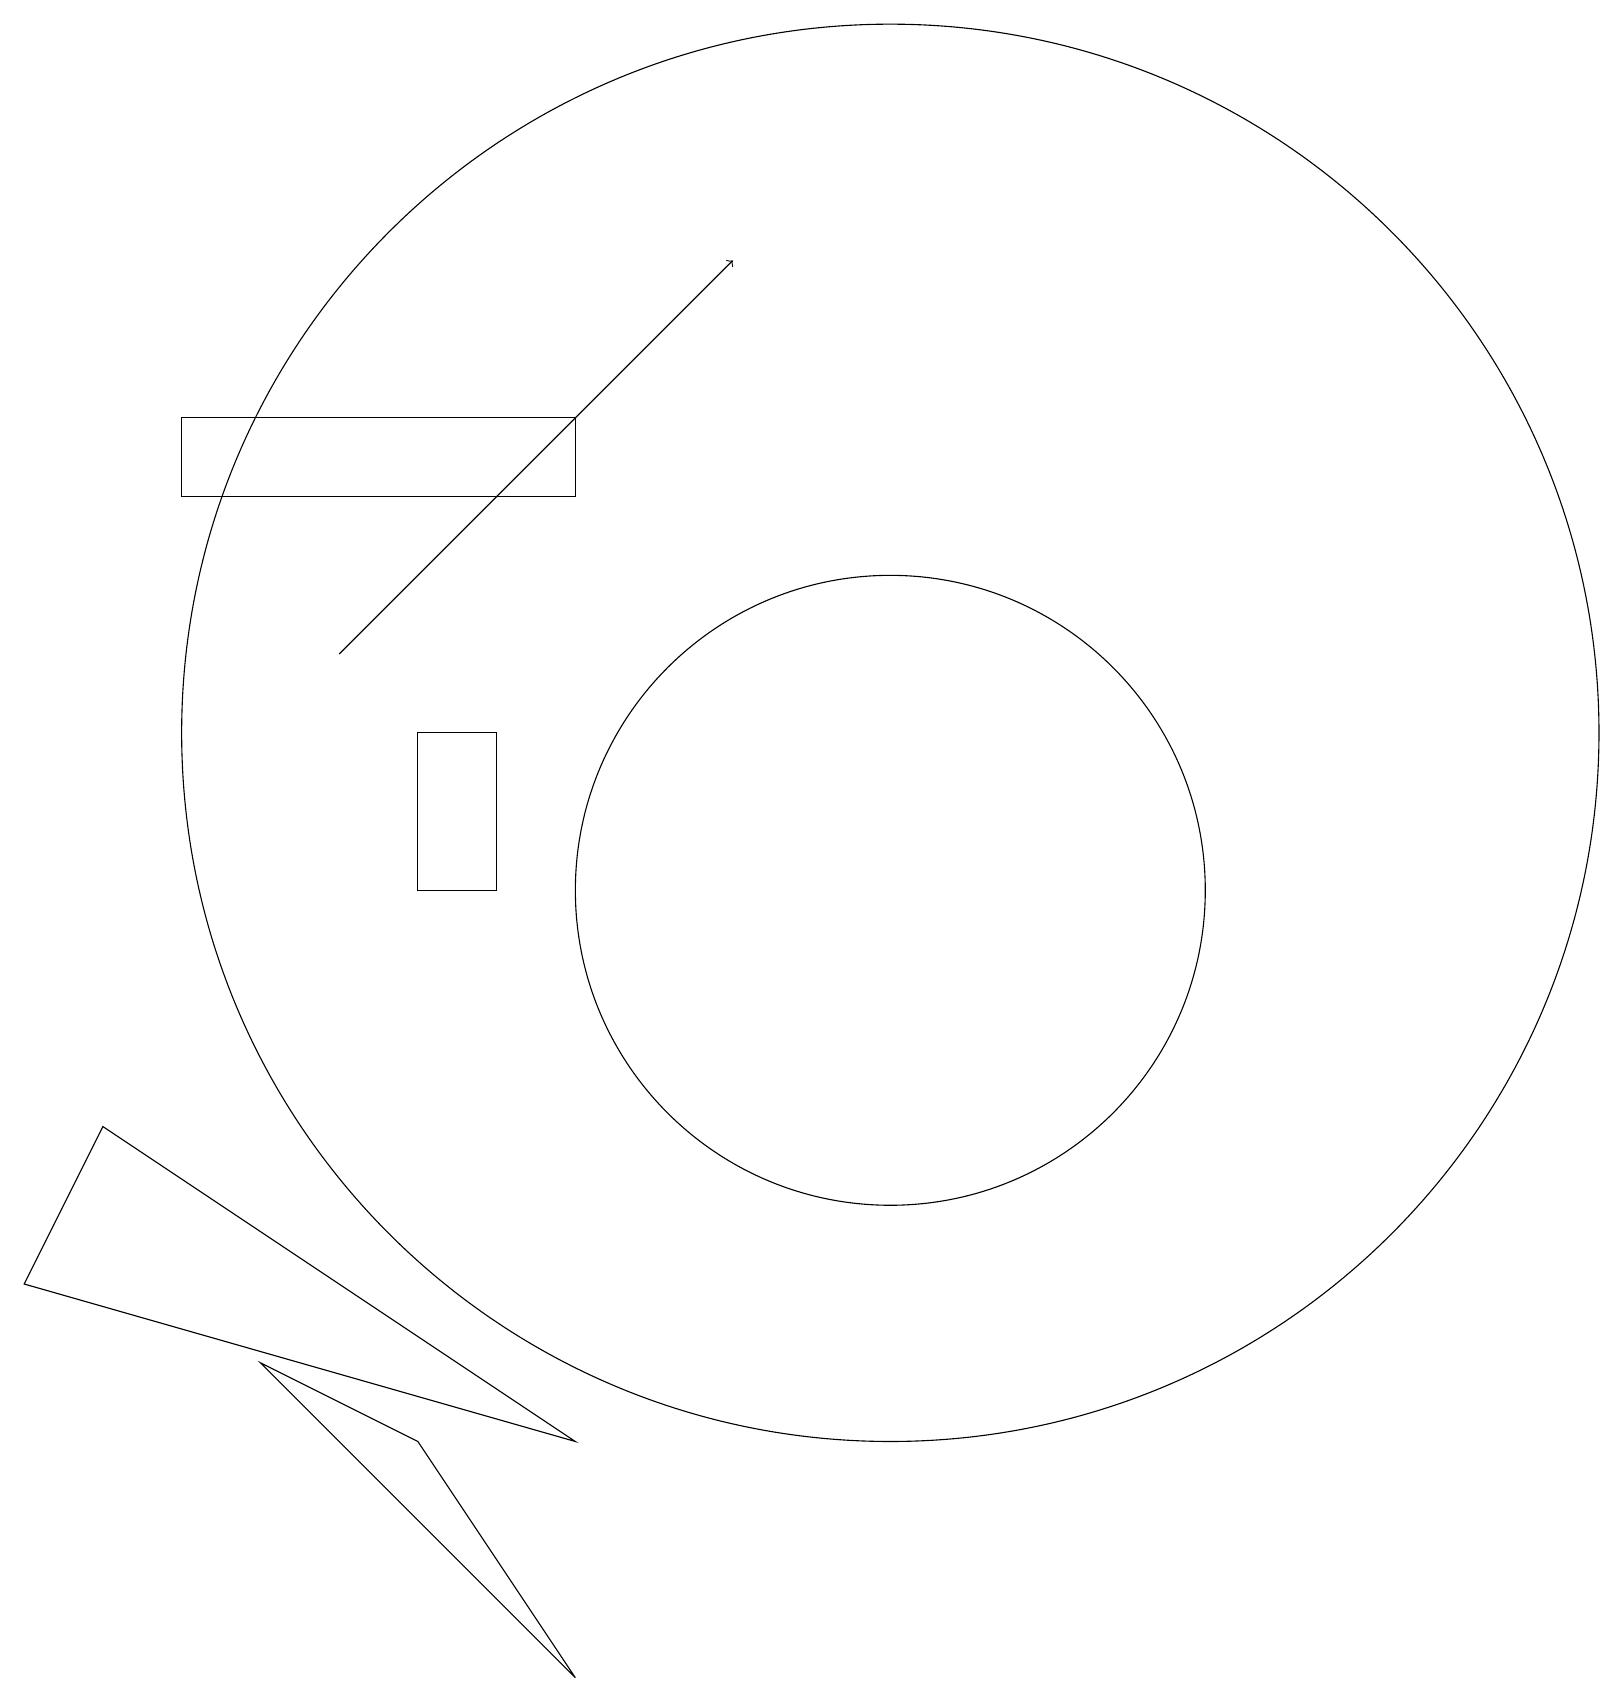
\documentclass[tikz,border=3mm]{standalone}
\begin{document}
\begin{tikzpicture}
\draw (7,0) -- (5,3) -- (3,4) -- cycle;
\draw (5,12) rectangle (6,10);
\draw (7,16) rectangle (2,15);
\draw (0,5) -- (1,7) -- (7,3) -- cycle;
\draw (11,12) circle (9);
\draw (11,10) circle (4);
\draw[->] (4,13) -- (9,18);
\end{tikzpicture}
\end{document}